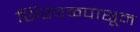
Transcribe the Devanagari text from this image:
शिरवळपासून